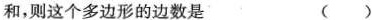
和，则这个多边形的边数是 ()